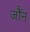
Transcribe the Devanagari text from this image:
जौंन